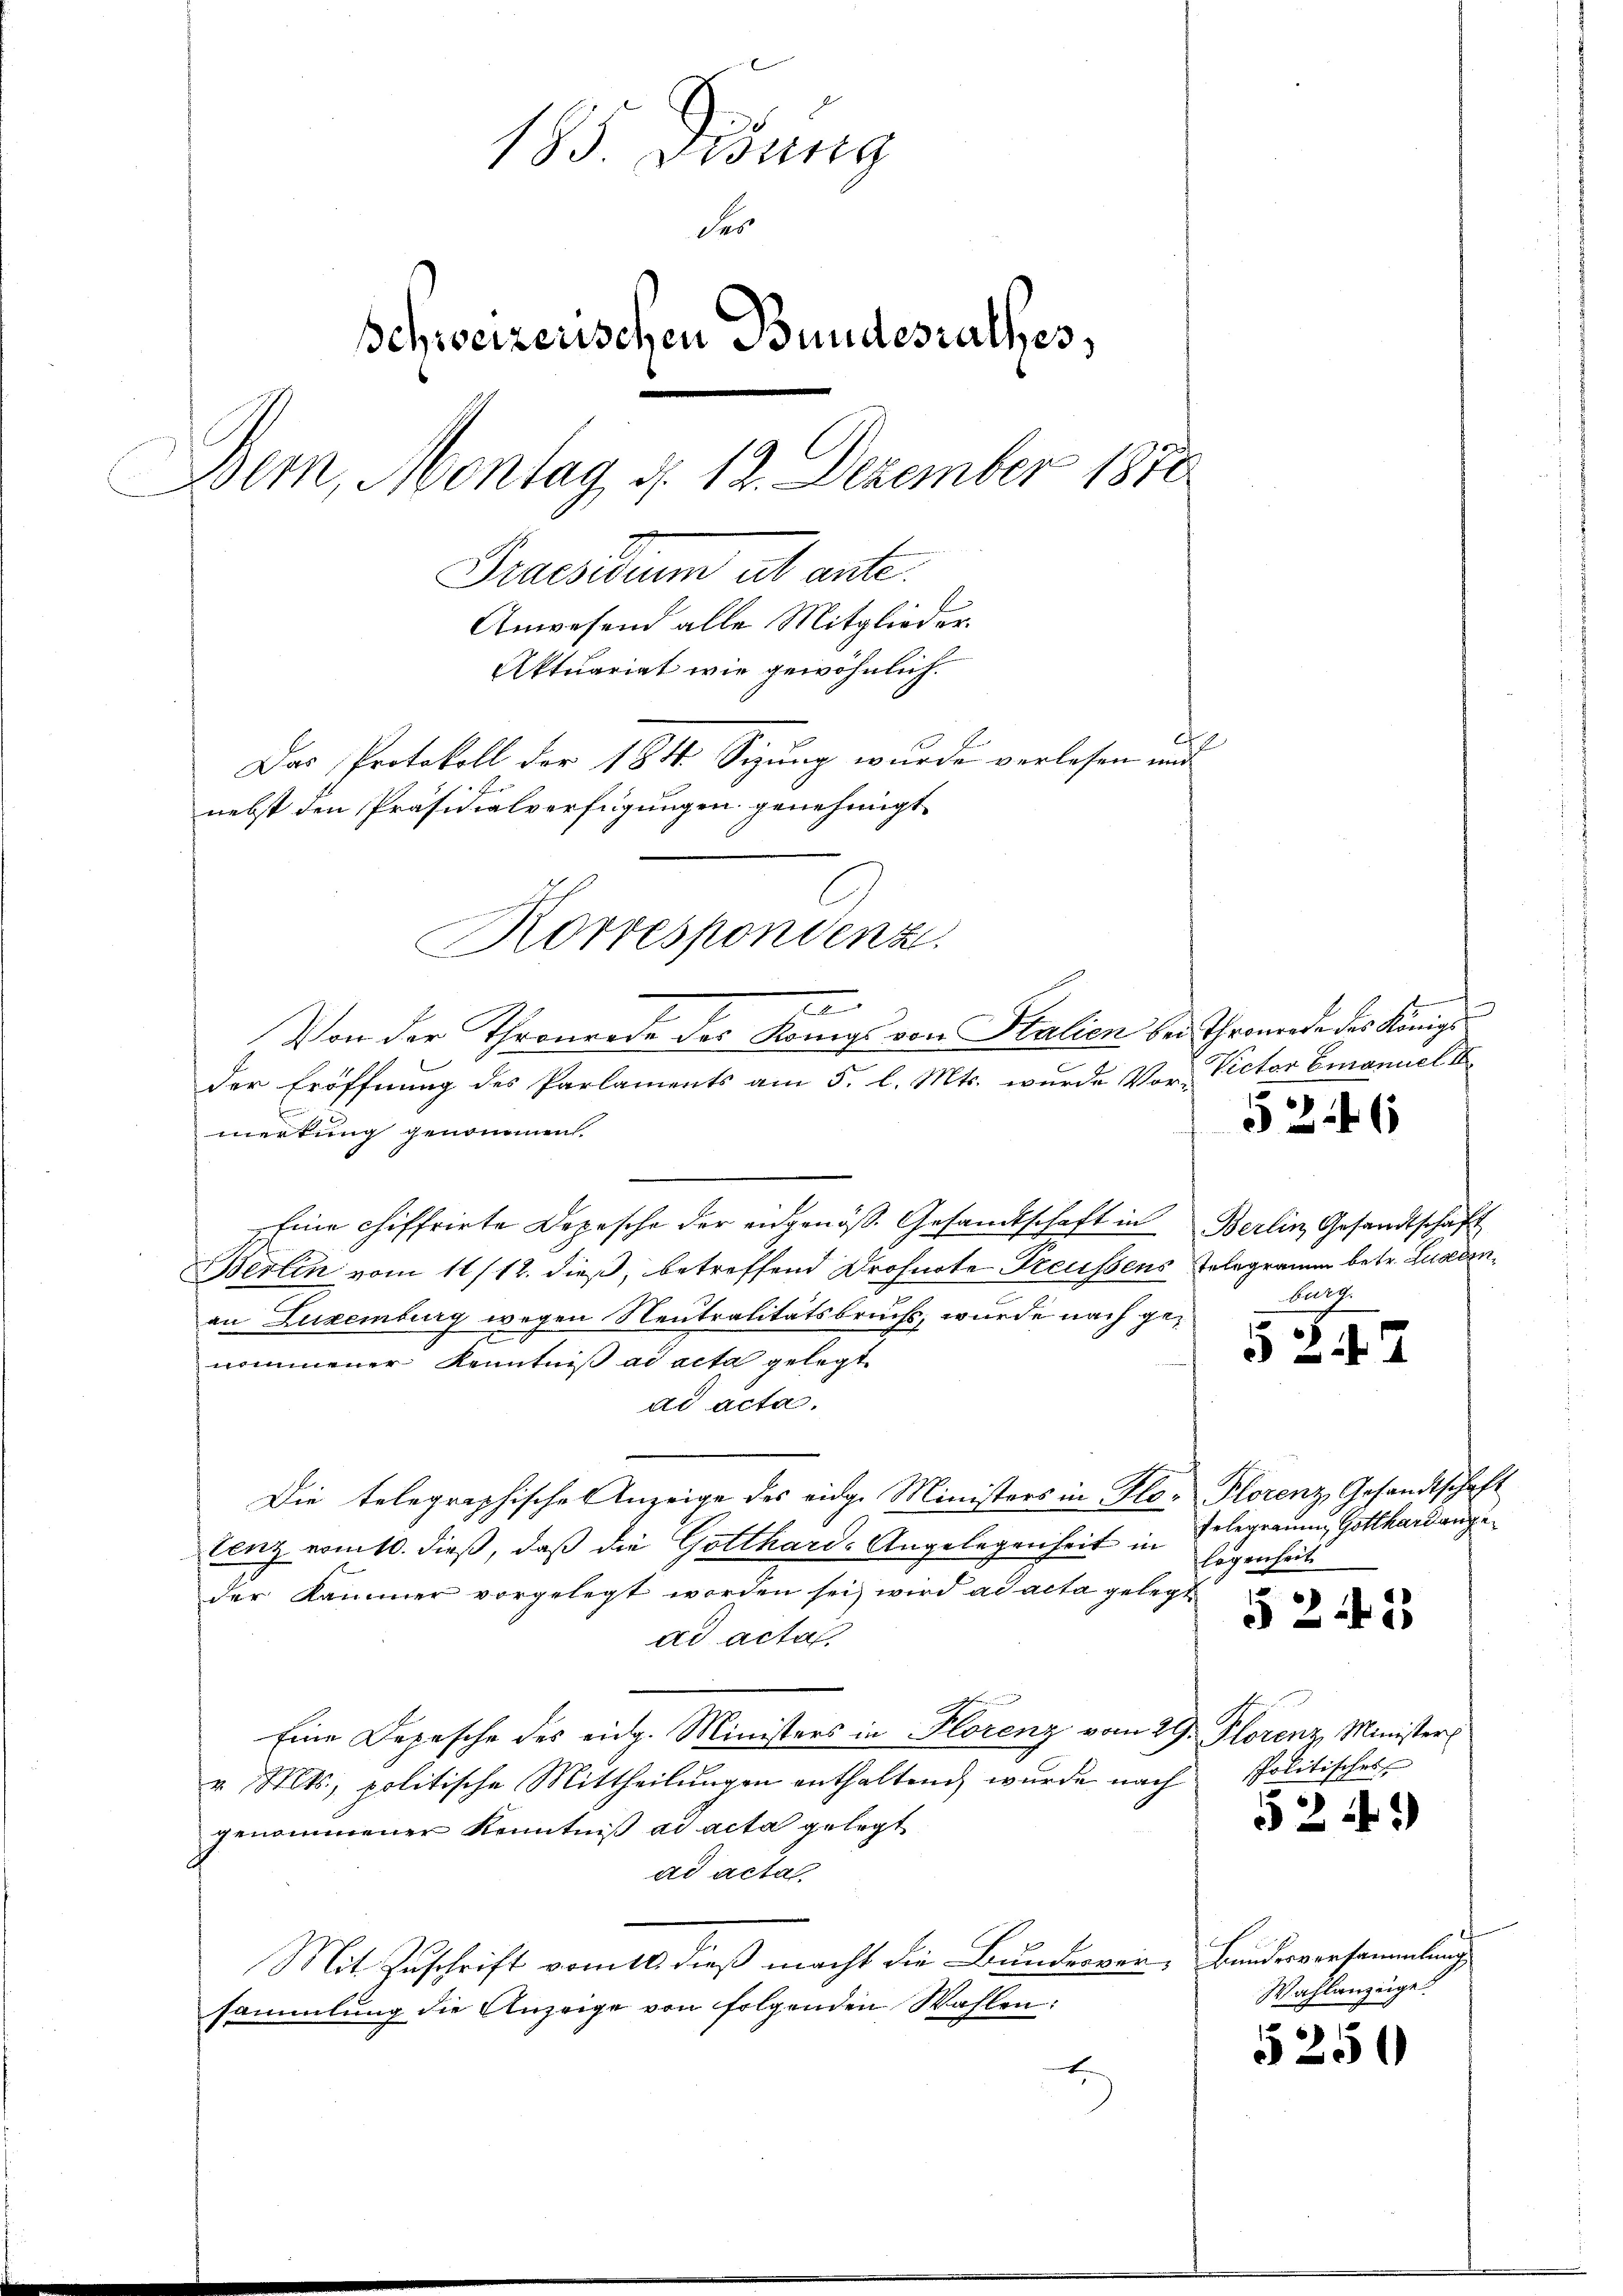
185. Disung
der
Schweizerischen Bundesrathes,
Bern, Montag, d. 12. Dezember 1810
Praesiduum ab ante.
Anwesend alle Mitglieder.
Aktuariat wie gewöhnlich.
Das Protokoll der 1814 Sizung wurde verlesen und
nebst den Präsidialverfügungen genehmigt.

e
Von der Thronrede des Königs von Halien bei Thronrade des Königs
l
der Eröffnung des Parlaments am 5. l. Mts. wurde Vor-

Korrespondenz

merkung genommen.
Eine chiffrirte Depesche der angenös. Gesandtschaft in Berlin Gesandtschaft
Berlin vom 11/12. dieß, betreffend Drohuote Treussens Telegramm betr. Luzern,
an Luxenburg wegen Neutralitätsbruchs, wurde nach genommener Kenntniß ad acta gelegt
ad acta.
Die telegraphischen Anzeige des eidge Ministers in Flor Florenz, Gesandtschaft
tenz vom 10. dieß, daß die Gotthard-Angelegenheit in
der Kammer vorgelegt worden sei, wird ad acta gelegt
ad acta
Eine Depesche des eidg. Ministers in Florenz vom 29. Florenz Minister
v. Mts., politische Mittheilŭngen enthaltend wurde nach Politisches
genommener Kenntniß ad acta gelegt
ad acta
Mit Zuschrift vom 10. dieß macht die Bundesver- Bundesversammlung
sammlung die Anzeige von folgenden Wahlen:
E

Victor Emanuel 1

5246

Burg

§ 247

Gelegramm Gotthardange
logenheit

§ 2 f 23

524

Wahlanzüge

5250